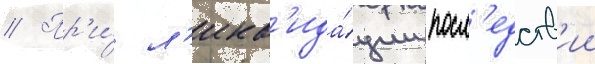
// Пр'и́ л'икв'ида́ции посл'едств'ии